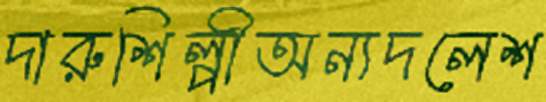
দারুশিল্পীঅন্যদলেশ